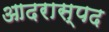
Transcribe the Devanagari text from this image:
आदरास्पद